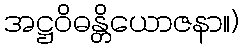
အဋ္ဌဝိဓန္တိယောဇနာ။)